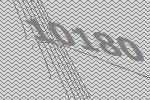
10180